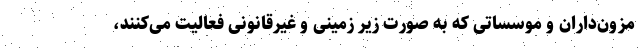
مزون‌داران و موسساتی که به صورت زیر زمینی و غیرقانونی فعالیت می‌کنند،